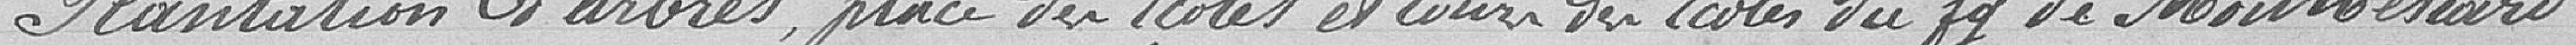
Plantation d'arbres place des Écoles et cours des Écoles du faubourg de Montbéliard.